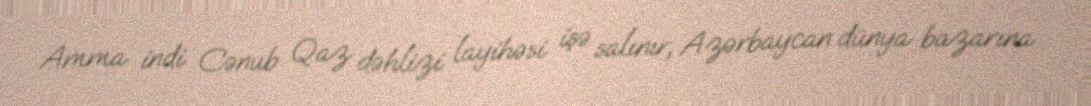
Amma indi Cənub Qaz dəhlizi layihəsi işə salınır, Azərbaycan dünya bazarına